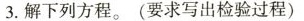
3.解下列方程。(要求写出检验过程)